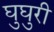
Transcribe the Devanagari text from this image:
घुघुरी